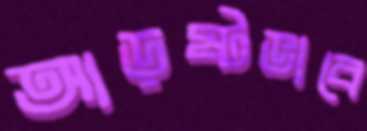
আড়ষ্টভাবে